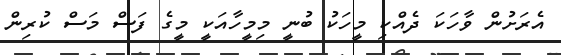
އެރަށުން ވާހަކަ ދެއްކި މީހަކު ބުނީ މިމީހާއަކީ މީގެ ފަސް މަސް ކުރިން